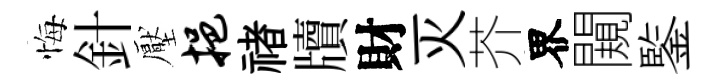
悔針壓挹禇牘財灭芥界闚鍳